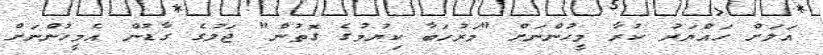
އަލަށް ހައްޔަރު ކުރާ މީހުންނަށް "މަރުހަބާ ކިޔުމުގެ ގޮތުން" ޖަލުގެ ގާޑުން އެމީހުންނަށް